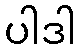
ပါဒါ